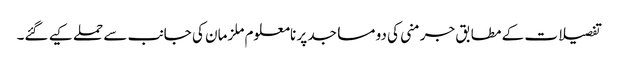
تفصیلات کے مطابق جرمنی کی دو مساجد پر نامعلوم ملزمان کی جانب سے حملے کیے گئے۔